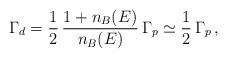
LaTeX: \begin{align*}\Gamma_d = \frac{1}{2} \, \frac{1 + n_B (E)}{n_B (E)} \, \Gamma_p \simeq \frac{1}{2} \, \Gamma_p \, ,\end{align*}